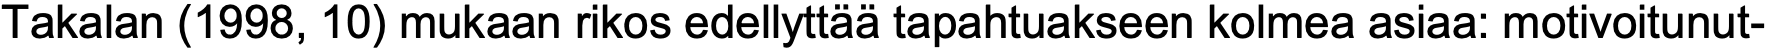
Takalan (1998, 10) mukaan rikos edellyttää tapahtuakseen kolmea asiaa: motivoitunut-